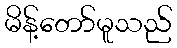
မိန့်တော်မူသည်